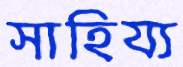
সাহিয্য